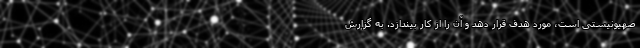
صهیونیستی است، مورد هدف قرار دهد و آن را از کار بیندازد. به گزارش